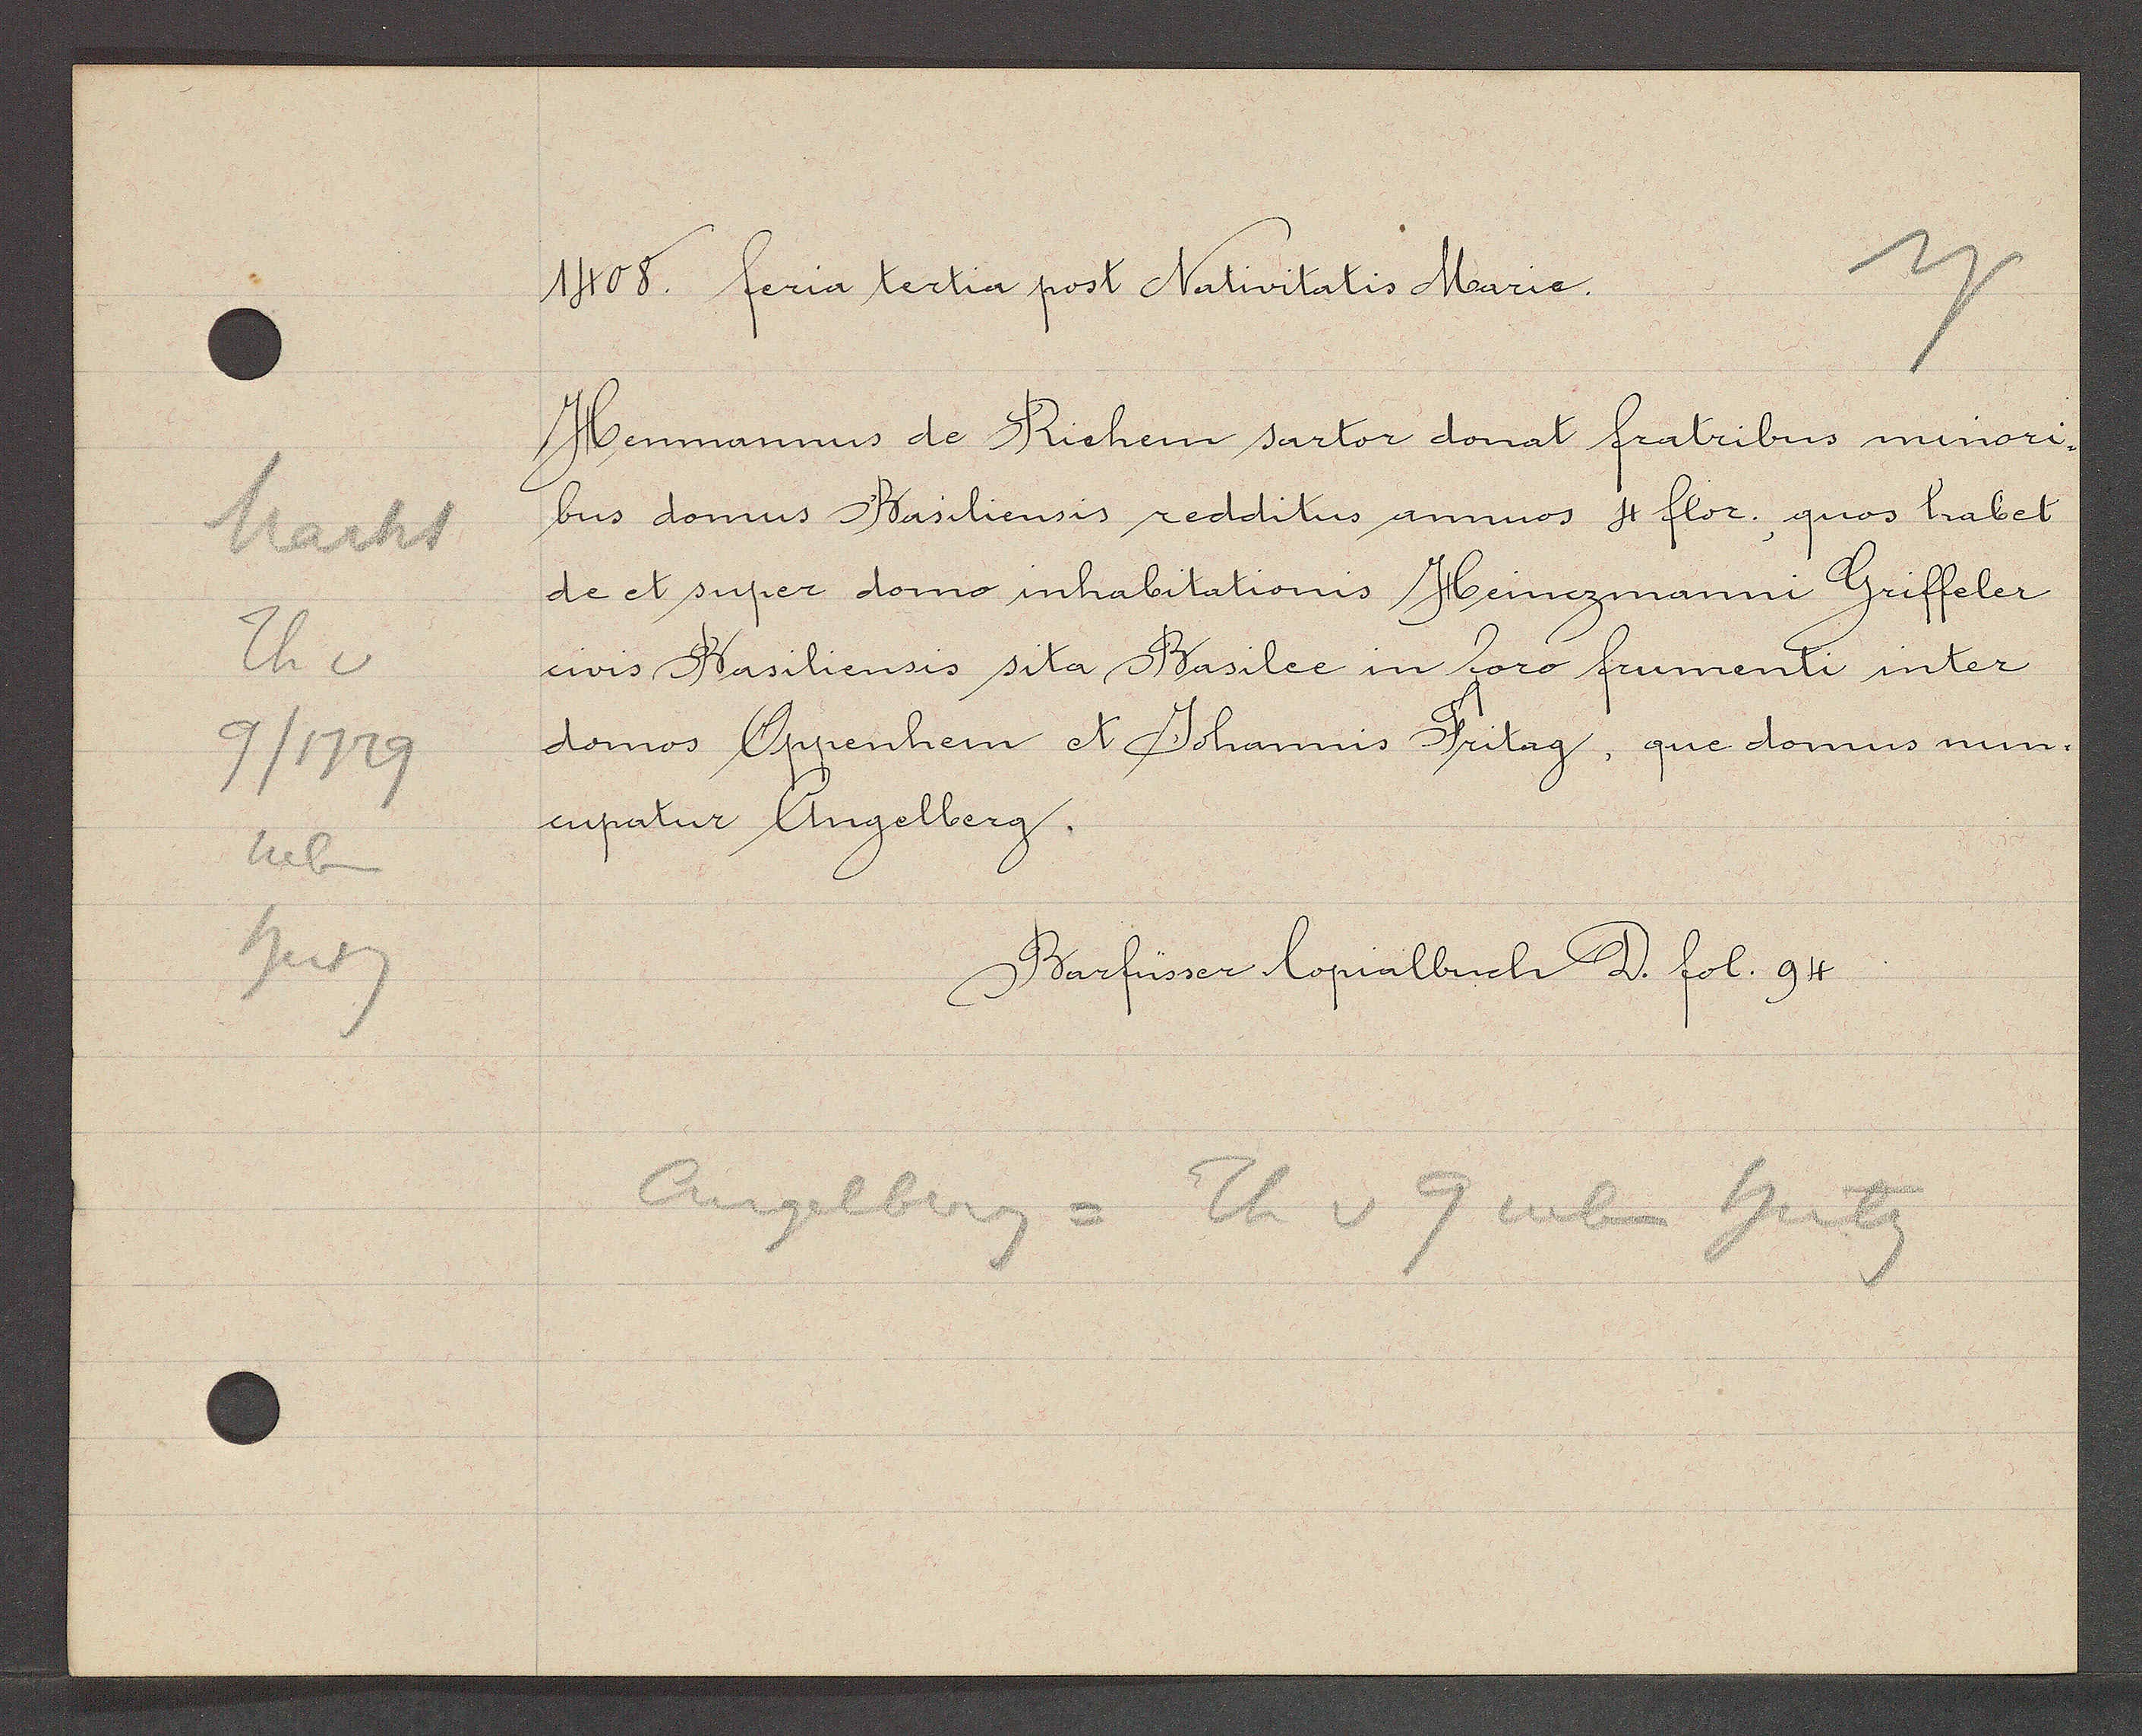
Transcript:
Markt
Th v
9/1729
neben
burg

1408. feria tertia post Nativitatis Marie.

Henmannus de Richen sartor donat fratribus minori.
bus domus Basiliensis redditus annuos 4 flor., quos habet
de et super domo inhabitationis Heinezmanni Griffeler
civis Basiliensis sita Basilee in foro frumenti inter
domos Oppenhem et Johannis Fritag, que domus nun¬
cupatur Angelberg.

Barfüsser Copialbuch D. fol. 94.

Angelberg = Th v 9 neben hutz